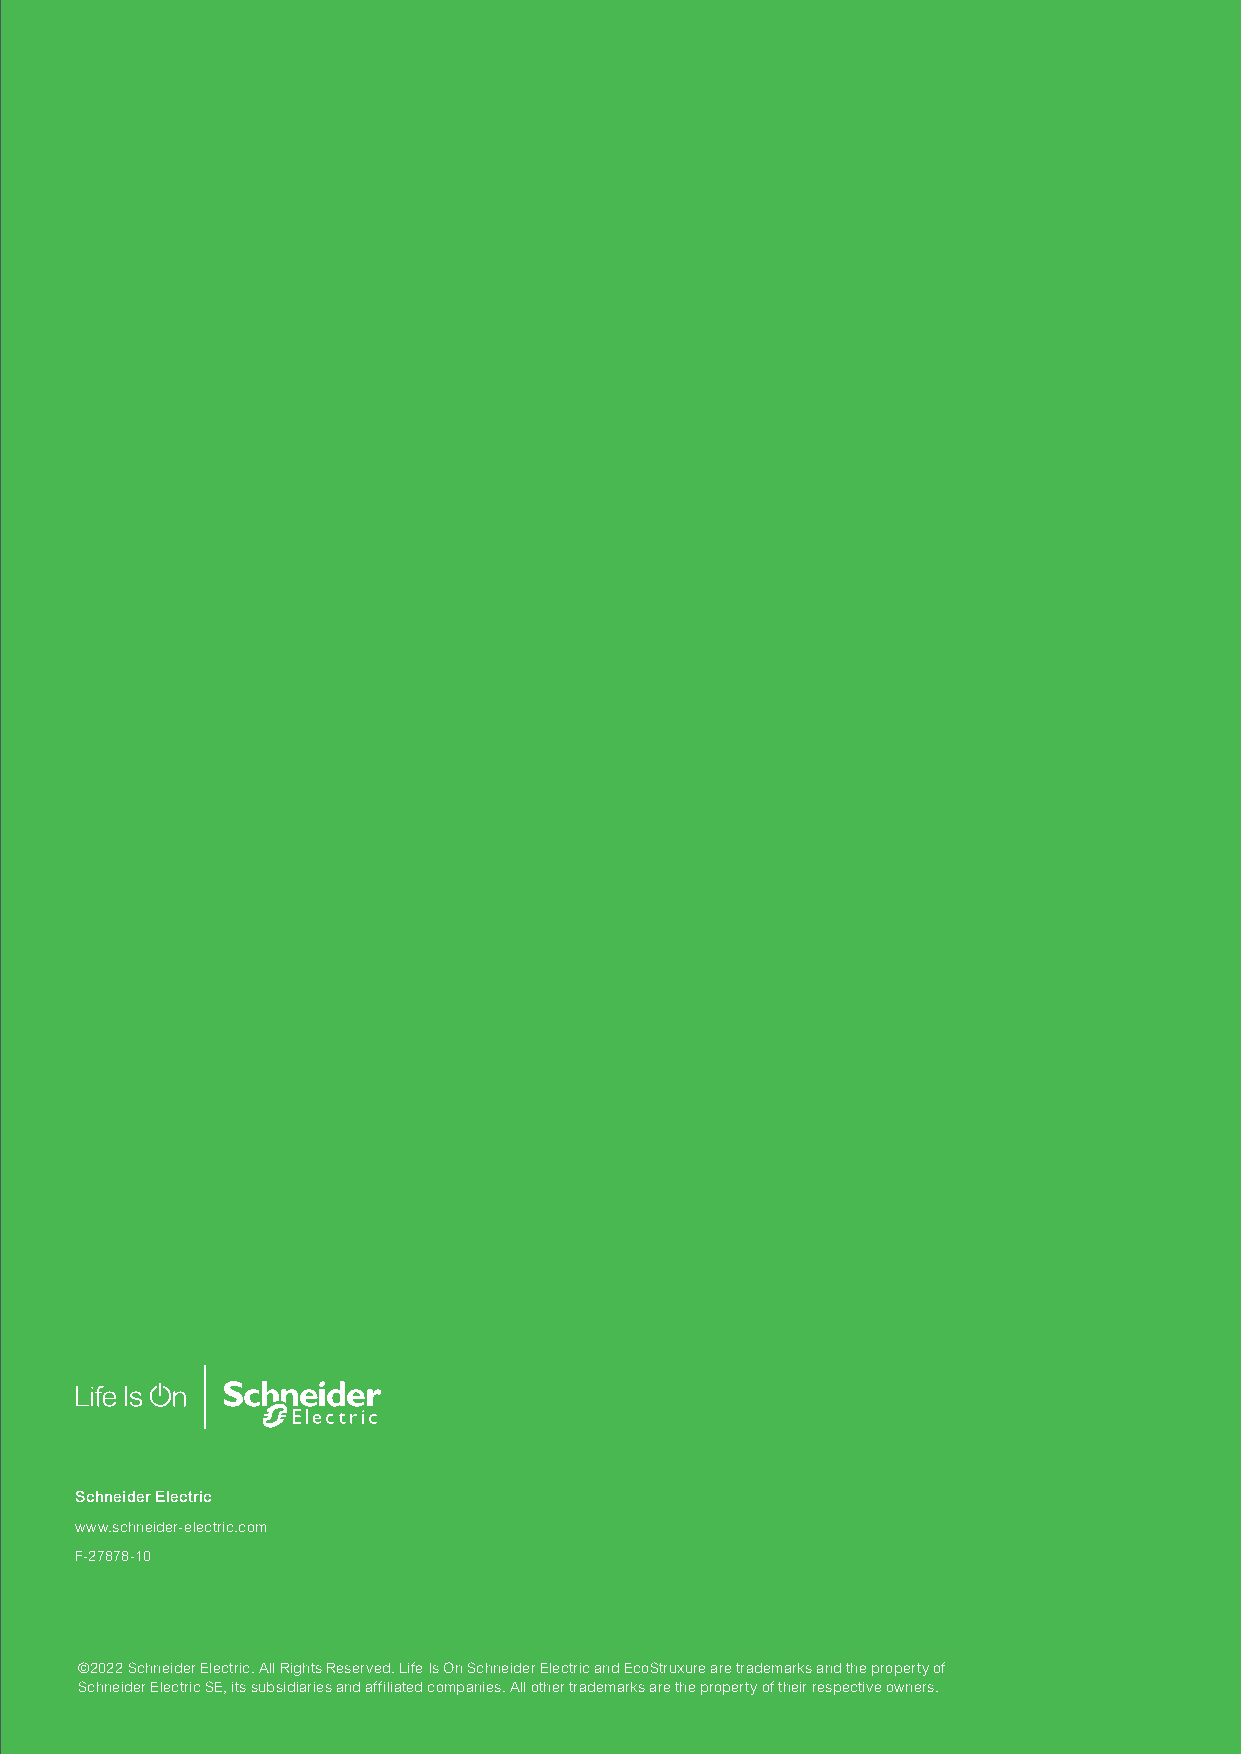
Schneider Electric
 www.schneider-electric.com
 F-27878-10
 ©2022 Schneider Electric. All Rights Reserved. Life Is On Schneider Electric and EcoStruxure are trademarks and the property of
 Schneider Electric SE, its subsidiaries and affiliated companies. All other trademarks are the property of their respective owners.